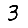
Digit: 3